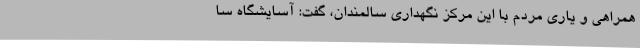
همراهی و یاری مردم با این مرکز نگهداری سالمندان، گفت: آسایشگاه سا